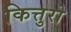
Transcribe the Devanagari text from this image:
कित्तुरो